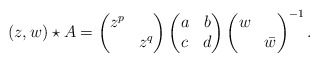
\begin{align*}(z,w) \star A = \begin{pmatrix}z^p &\\& z^q\end{pmatrix}\begin{pmatrix}a & b\\c & d\end{pmatrix}\begin{pmatrix}w &\\& \bar{w}\end{pmatrix}^{-1}.\end{align*}